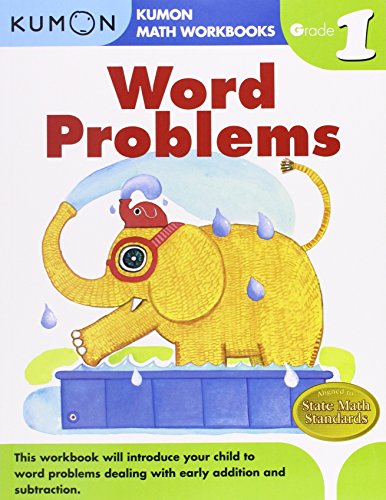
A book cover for Word Problems Grade 1 (Kumon Math Workbooks); Kumon Publishing; Children's Books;